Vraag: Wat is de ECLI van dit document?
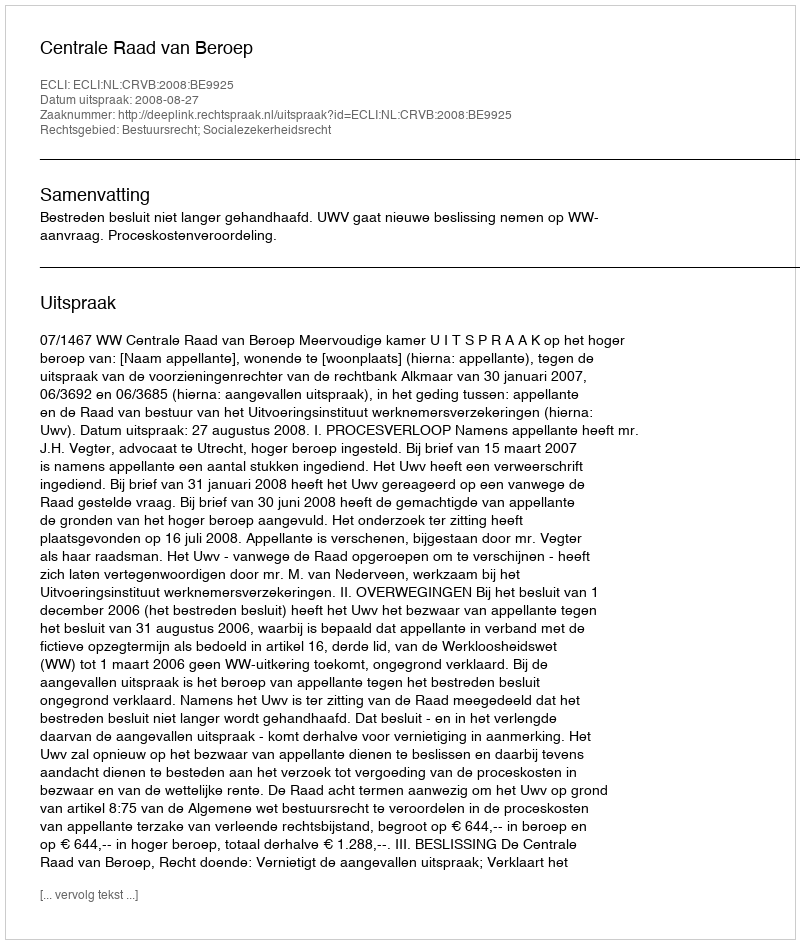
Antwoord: ECLI:NL:CRVB:2008:BE9925